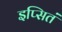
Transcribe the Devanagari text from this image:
इप्सितं